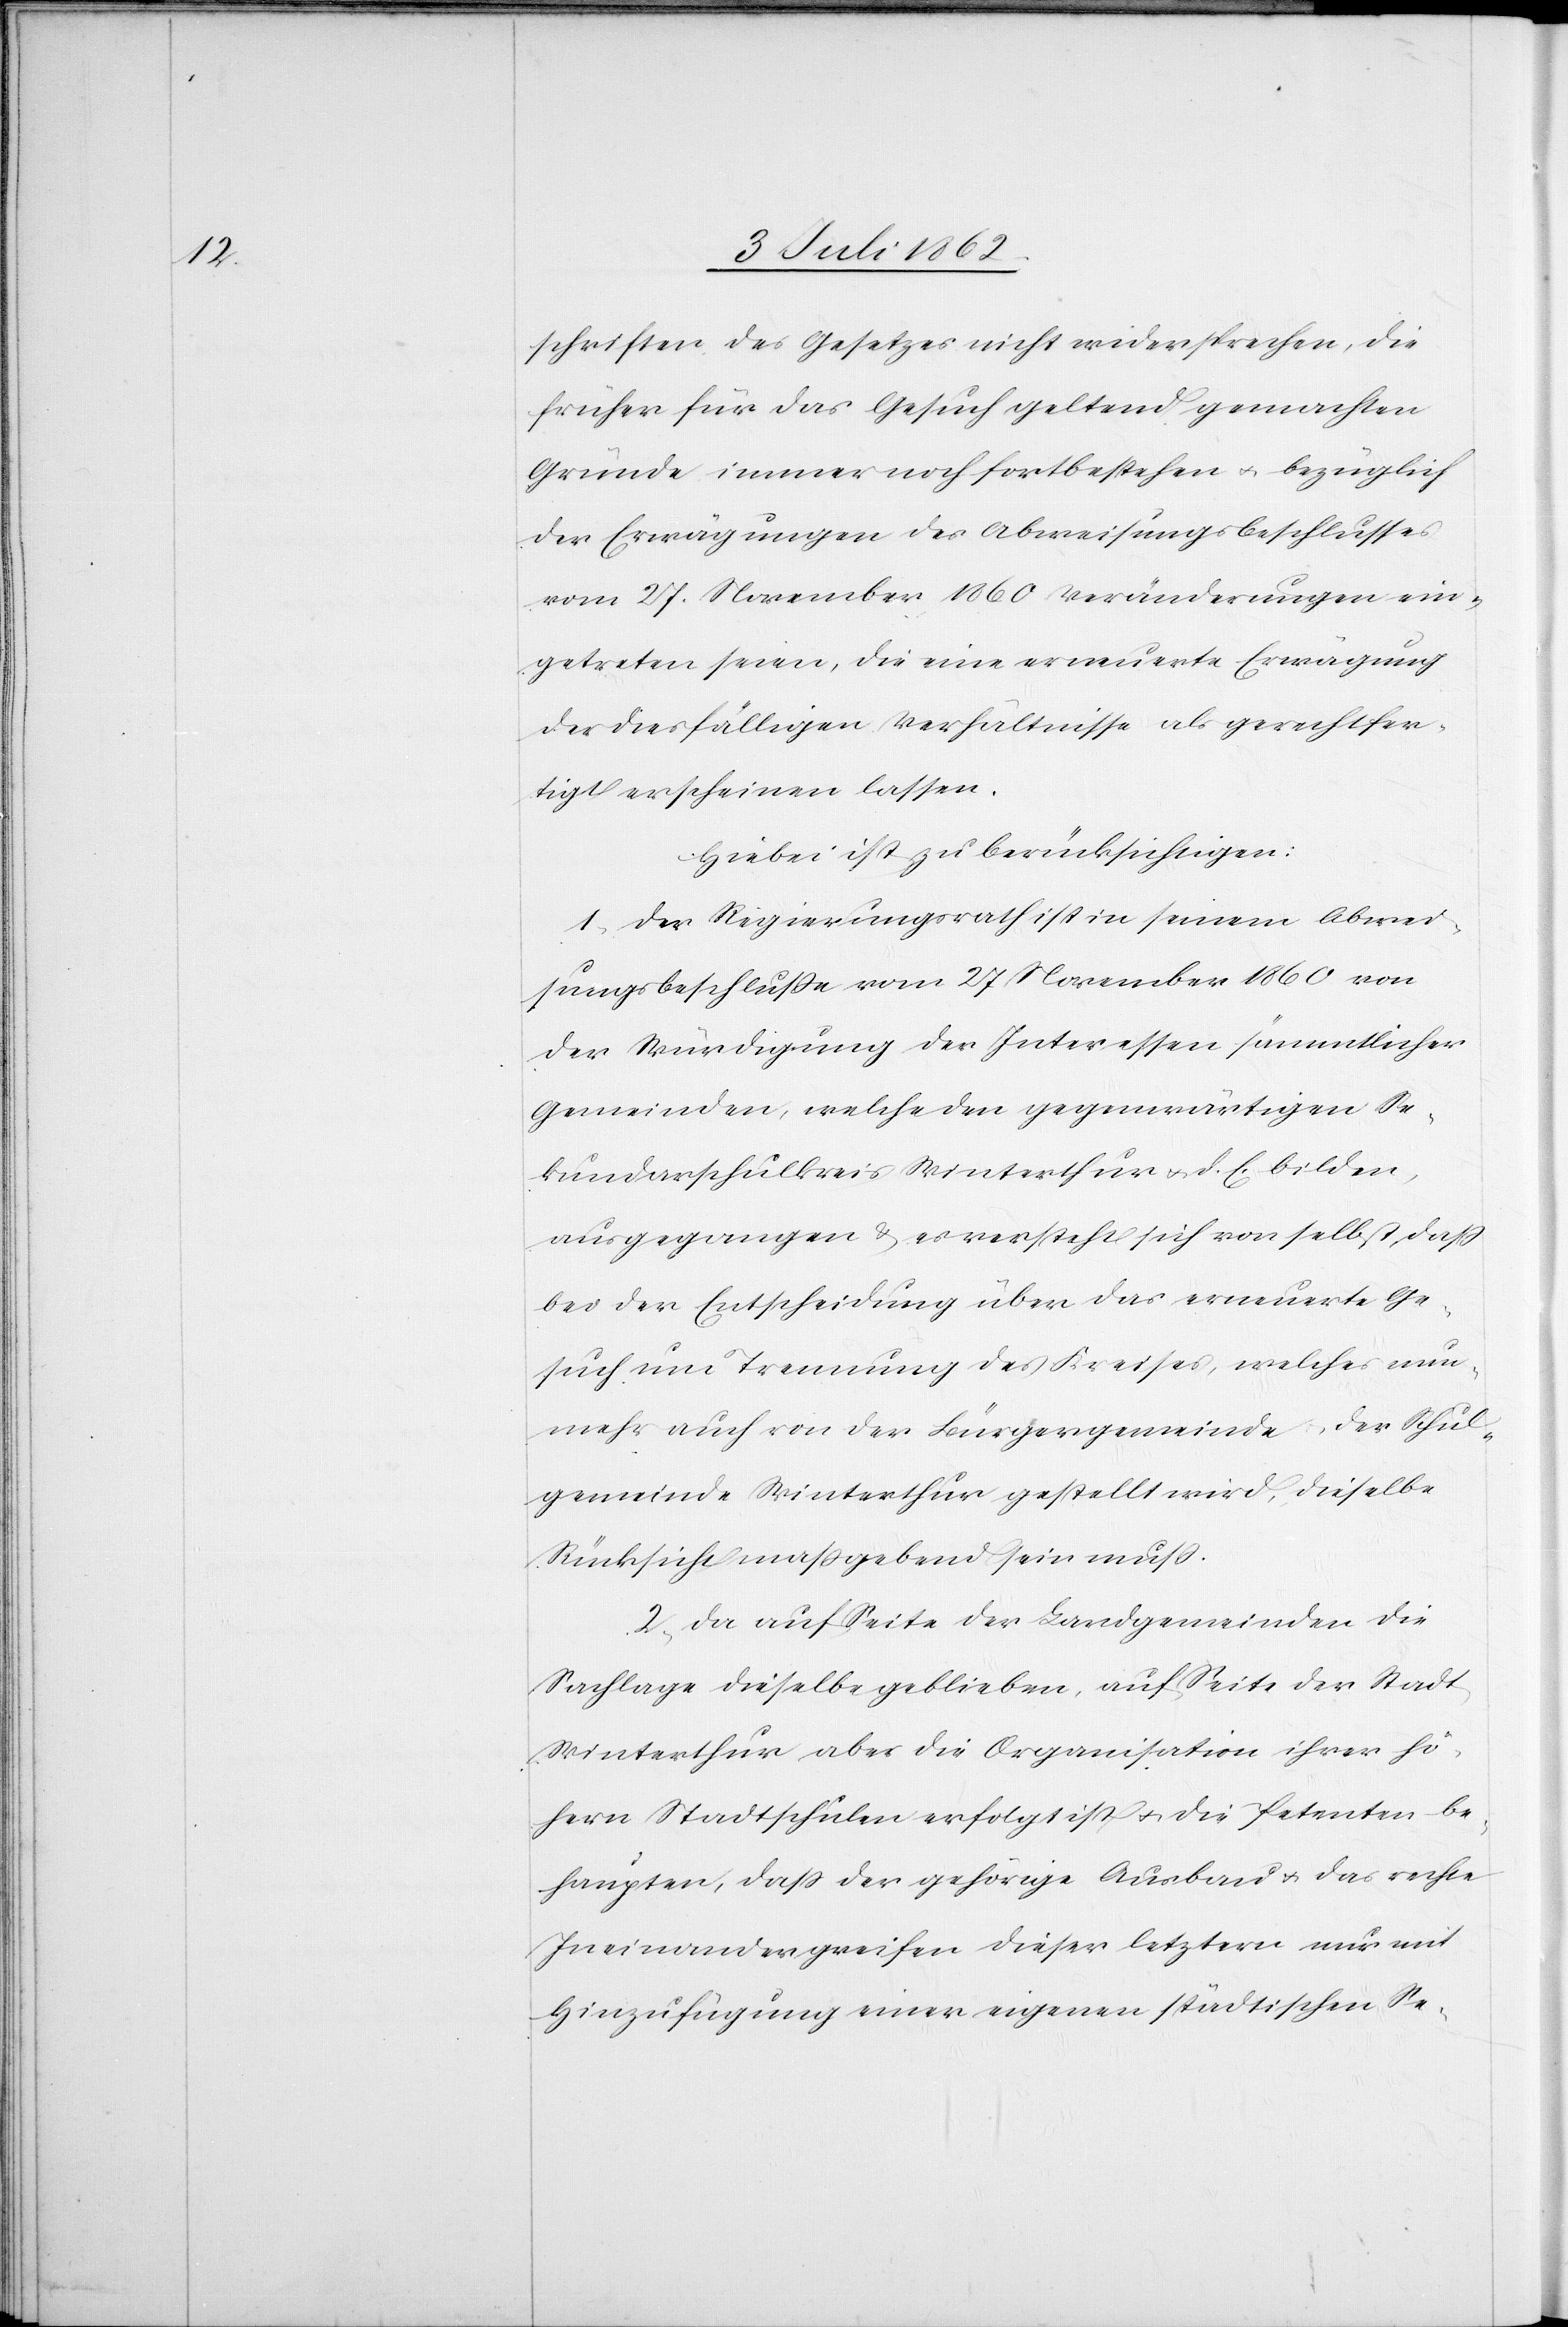
schriften des Gesetzes nicht widersprechen, die
früher für das Gesuch geltend gemachten
Gründe immer noch fortbestehen u. bezüglich
der Erwägungen des Abweisungsbeschlusses
vom 27. November 1860 Veränderungen ein¬
getreten seien, die eine erneuerte Erwägung
der diesfälligen Verhältnisse als gerechtfer¬
tigt erscheinen lassen.
Hiebei ist zu berücksichtigen:
1. Der Regierungsrath ist in seinem Abwei¬
sungsbeschluße vom 27 November 1860 von
der Würdigung der Interessen sämmtlicher
Gemeinden, welche den gegenwärtigen Se¬
kundarschulkreis Winterthur u. d. E. bilden,
ausgegangen u. es versteht sich von selbst, daß
bei der Entscheidung über das erneuerte Ge¬
such um Trennung des Kreises, welches nun¬
mehr auch von der Bürgergemeinde u. der Schul¬
gemeinde Winterthur gestellt wird, dieselbe
Rücksicht maßgebend sein muß.
2. Da auf Seite der Landgemeinden die
Sachlage dieselbe geblieben, auf Seite der Stadt
Winterthur aber die Organisation ihrer hö¬
hern Stadtschulen erfolgt ist u. die Petenten be¬
haupten, daß der gehörige Ausbau u. das rechte
Ineinandergreifen dieser letztern nur mit
Hinzufügung einer eigenen städtischen Se-